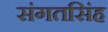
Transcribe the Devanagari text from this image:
संगतसिंह